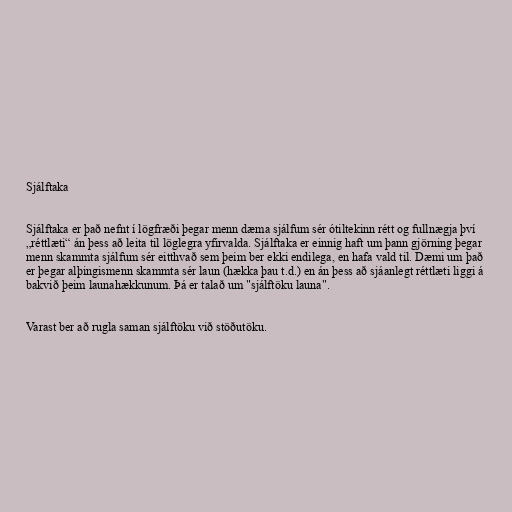
Sjálftaka

Sjálftaka er það nefnt í lögfræði þegar menn dæma sjálfum sér ótiltekinn rétt og fullnægja því
„réttlæti“ án þess að leita til löglegra yfirvalda. Sjálftaka er einnig haft um þann gjörning þegar
menn skammta sjálfum sér eitthvað sem þeim ber ekki endilega, en hafa vald til. Dæmi um það
er þegar alþingismenn skammta sér laun (hækka þau t.d.) en án þess að sjáanlegt réttlæti liggi á
bakvið þeim launahækkunum. Þá er talað um "sjálftöku launa".

Varast ber að rugla saman sjálftöku við stöðutöku.